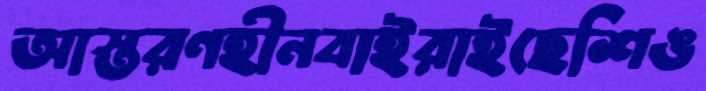
আস্তরণহীনবাইরাইছেশিঙ